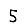
Digit: 5